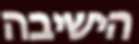
הישיבה